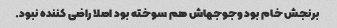
برنجش خام بود وجوجهاش هم سوخته بود اصلا راضی کننده نبود.